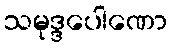
သမုဒ္ဒပေါဏော